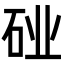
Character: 𬒆